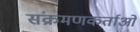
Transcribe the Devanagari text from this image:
संक्रमणकर्ताओं